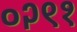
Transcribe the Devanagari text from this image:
०२९१